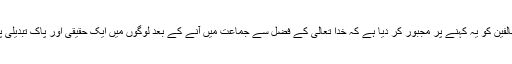
اس طرح مخالفین کو یہ کہنے پر مجبور کر دیا ہے کہ خدا تعالیٰ کے فضل سے جماعت میں آنے کے بعد لوگوں میں ایک حقیقی اور پاک تبدیلی پیدا ہوئی ہے۔